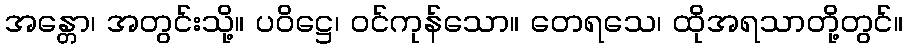
အန္တော၊ အတွင်းသို့။ ပဝိဋ္ဌေ၊ ဝင်ကုန်သော။ တေရသေ၊ ထိုအရသာတို့တွင်။